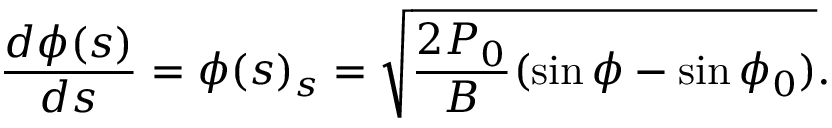
\frac { d \phi ( s ) } { d s } = \phi ( s ) _ { s } = \sqrt { \frac { 2 P _ { 0 } } { B } ( \sin \phi - \sin \phi _ { 0 } ) } .